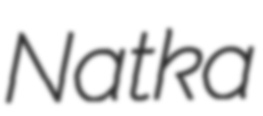
Natka